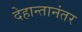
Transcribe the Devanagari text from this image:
देहान्तानंतर